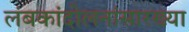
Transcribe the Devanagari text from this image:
लंबकांदोलनांसारख्या